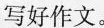
写好作文。